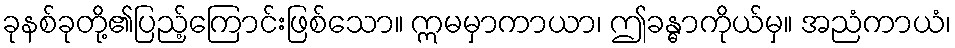
ခုနစ်ခုတို့၏ပြည့်ကြောင်းဖြစ်သော။ ဣမမှာကာယာ၊ ဤခန္ဓာကိုယ်မှ။ အညံကာယံ၊